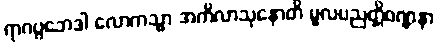
ရာဂပ္ပဘေဒါ လောကသ္မာ အကိလာသုနောတိ မူလပညတ္တိဝဏ္ဏနာ